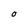
Character: O